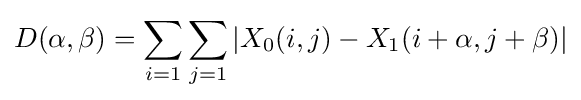
D(\alpha ,\beta )=\sum _{i=1}\sum _{j=1}|X_{0}(i,j)-X_{1}(i+\alpha ,j+\beta )|